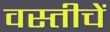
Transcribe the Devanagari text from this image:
वस्तीचें